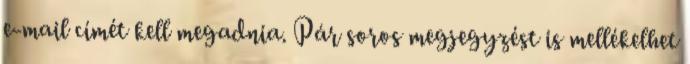
e-mail címét kell megadnia. Pár soros megjegyzést is mellékelhet